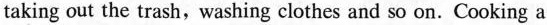
taking out the trash, washing clothes and so on. Cooking a